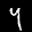
Label: 4